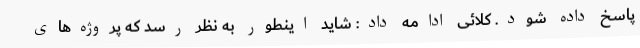
پاسخ داده شود. کلائی ادامه داد: شاید اینطور به نظر رسد که پروژه‌های